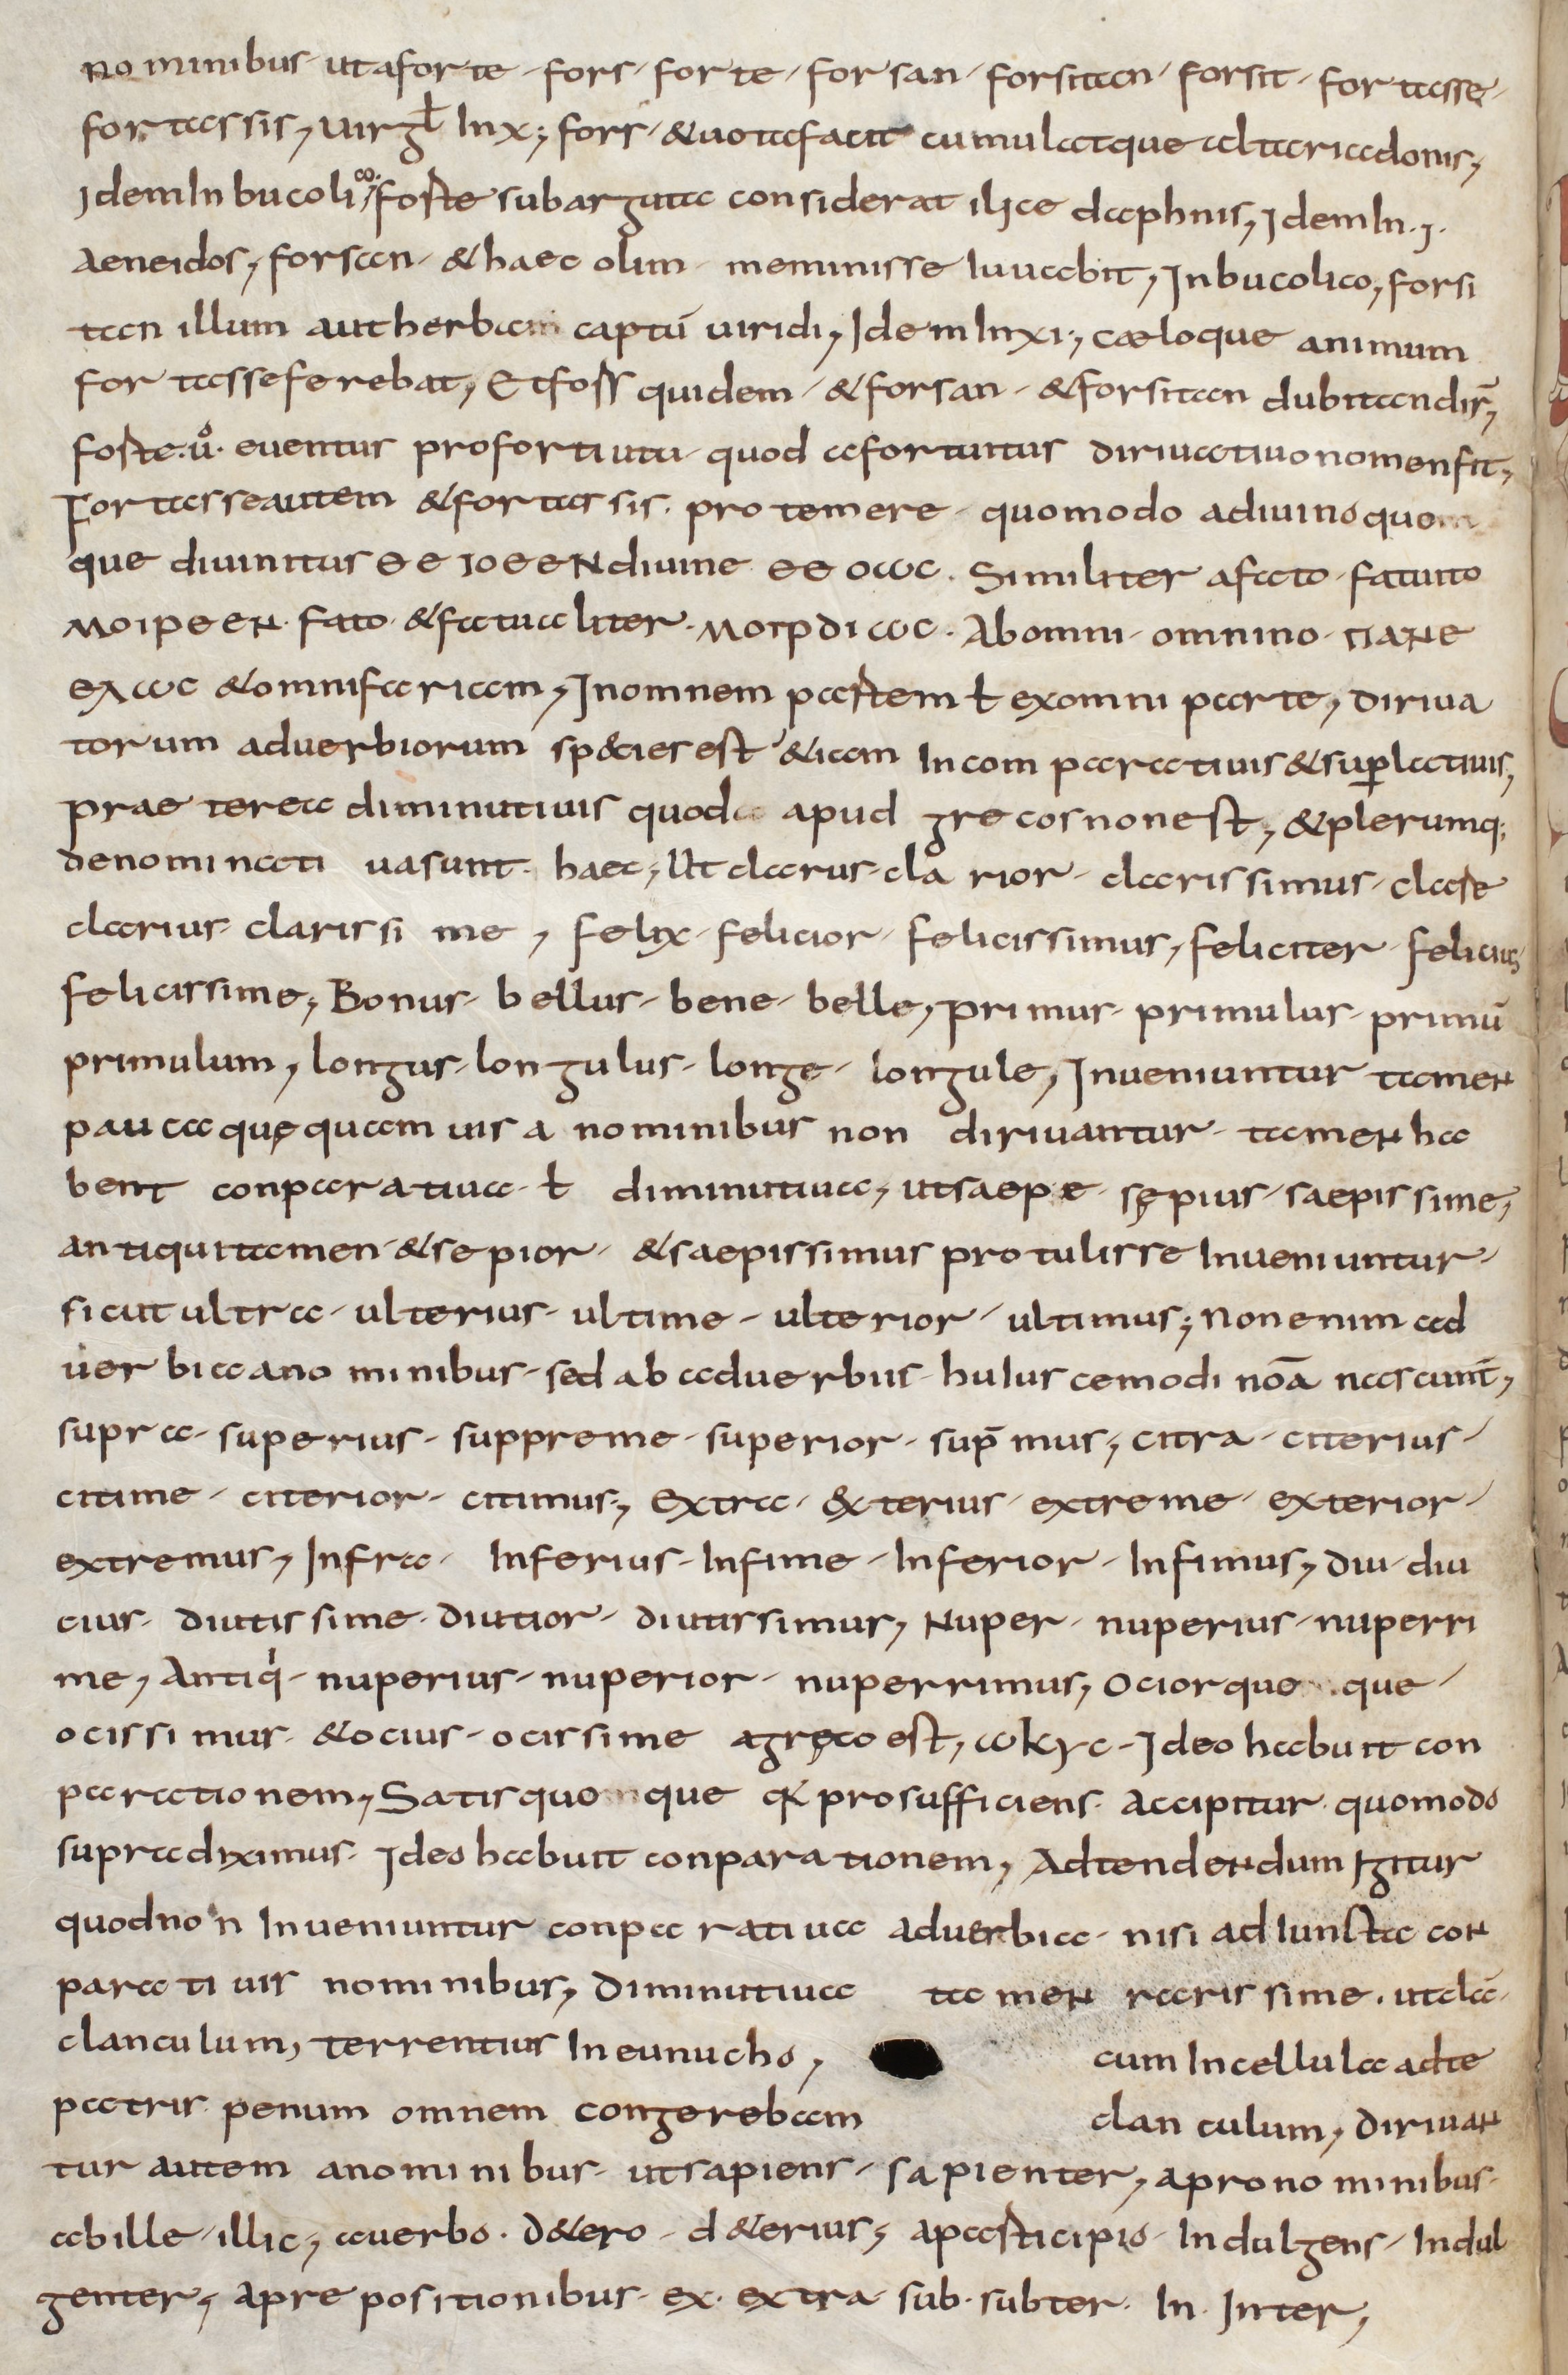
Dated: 900–999